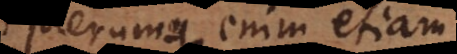
plerumque enim etiam